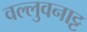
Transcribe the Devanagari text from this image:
वल्लुवनाट्ट